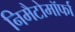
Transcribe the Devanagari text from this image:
निमैटोमॉर्फा